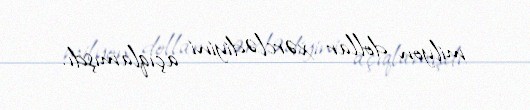
milyon dollar xərclədiyini açıqlamışdı.